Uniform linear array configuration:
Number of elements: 8
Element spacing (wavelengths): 0.25
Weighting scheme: blackman
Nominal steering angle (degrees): -60
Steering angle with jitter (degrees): -59.439
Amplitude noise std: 0.05
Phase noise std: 0.05

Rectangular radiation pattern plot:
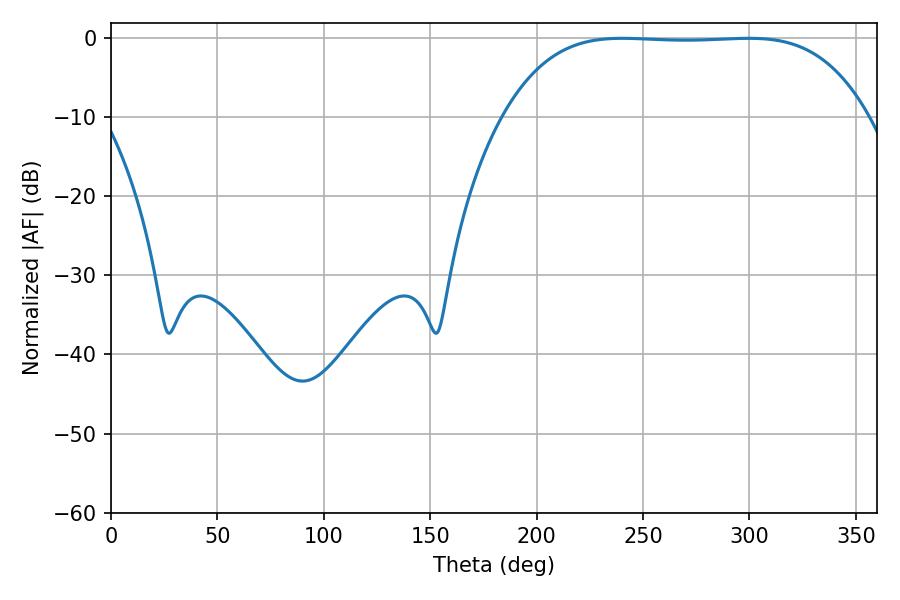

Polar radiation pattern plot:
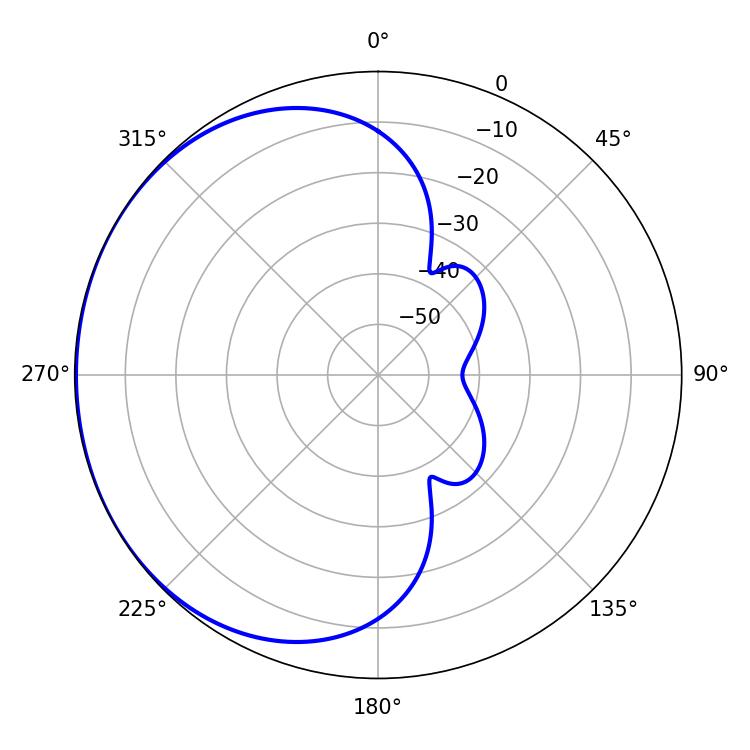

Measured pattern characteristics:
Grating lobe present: FALSE
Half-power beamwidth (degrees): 131.76
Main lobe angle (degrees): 240.3